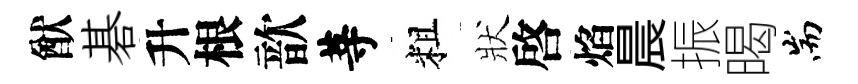
猷碁升根歆䓁粗狀啓焰晨振暍耑